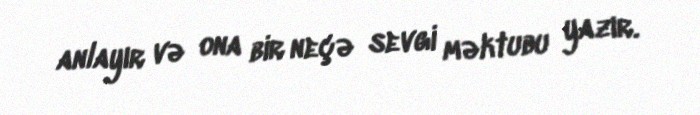
anlayır və ona bir neçə sevgi məktubu yazır.